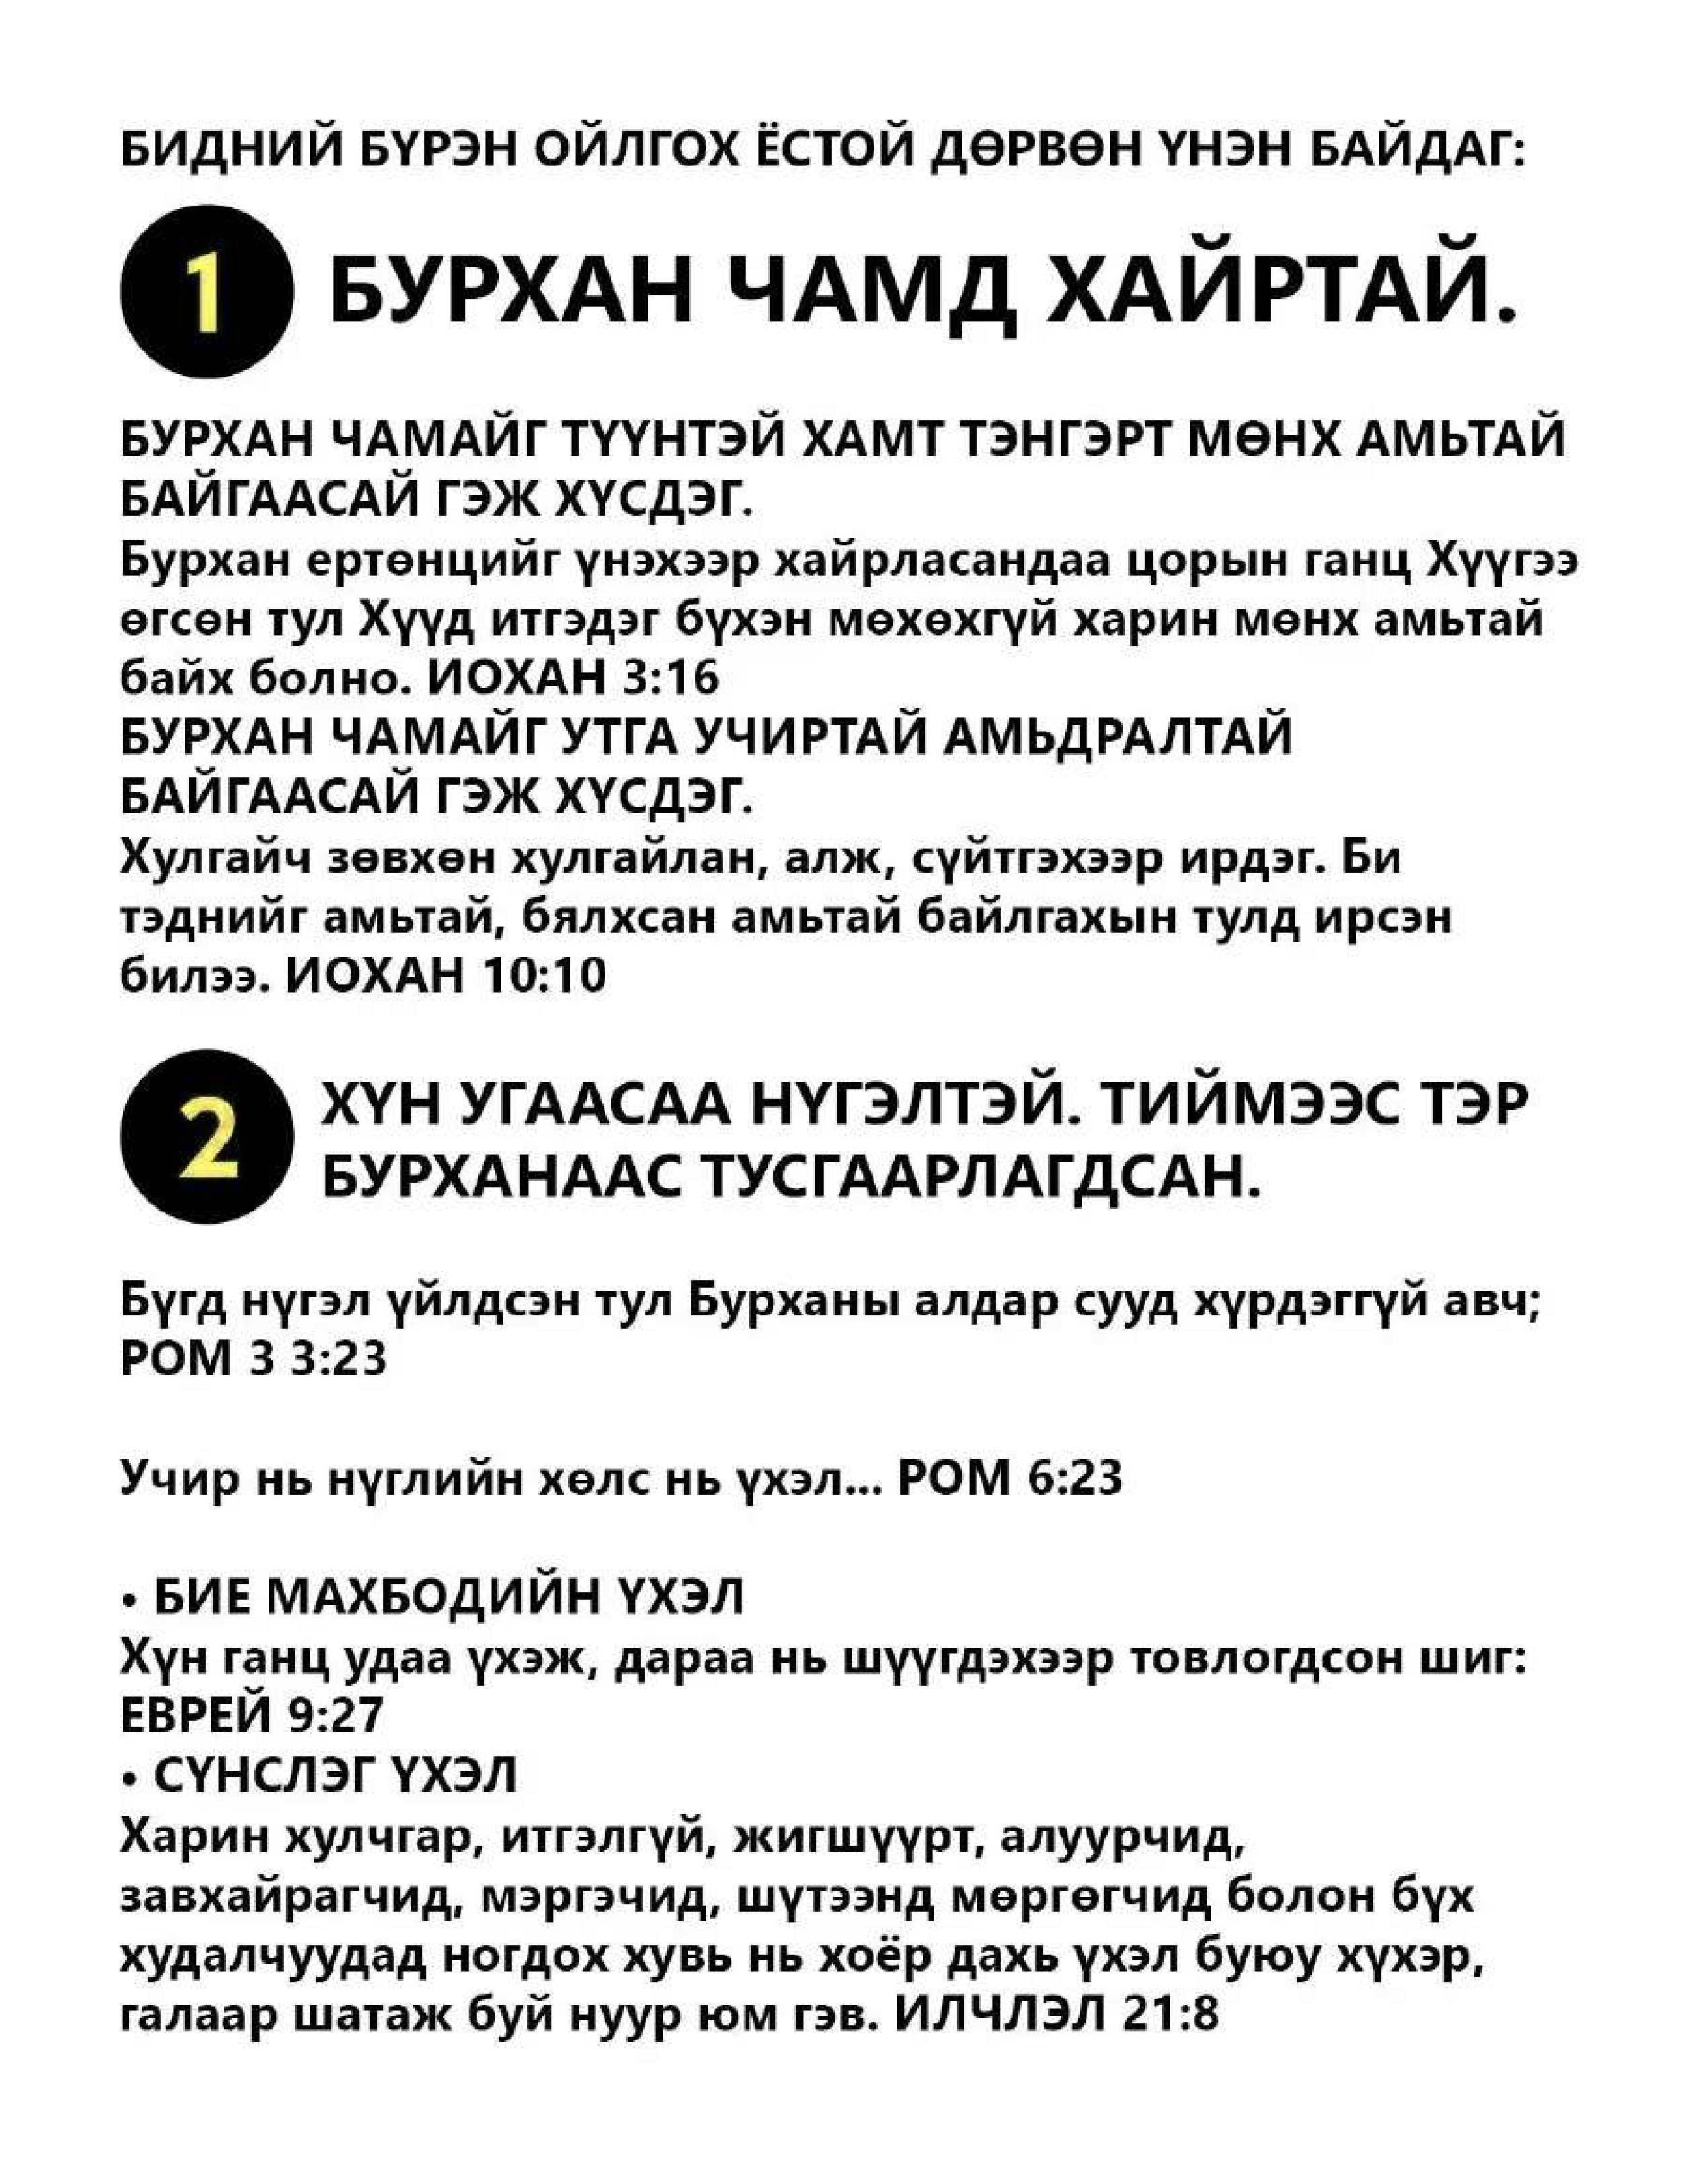
Language: mn